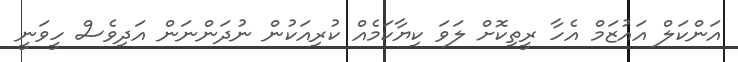
އަންކަލް އައުޒަމް އެހާ ރީތިކޮށް ލަވަ ކިޔާކަމެއް ކުރިއަކުން ނުދަންނަން އަދިވެސް ހީވަނީ